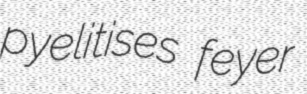
pyelitises feyer